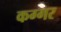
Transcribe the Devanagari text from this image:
कग्गर